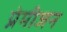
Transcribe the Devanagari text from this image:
प्रेमीजन